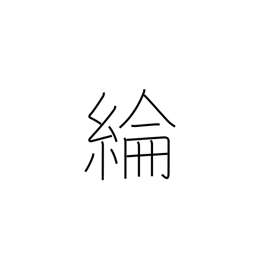
Meaning: silk cloth